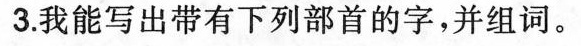
3.我能写出带有下列部首的字，并组词。